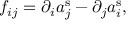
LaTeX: f _ { i j } = \partial _ { i } a _ { j } ^ { \mathrm { s } } - \partial _ { j } a _ { i } ^ { \mathrm { s } } ,